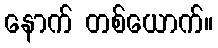
နောက် တစ်ယောက်။